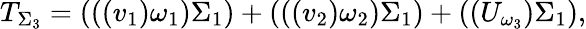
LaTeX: T_{\Sigma_{3}}=(((v_{1})\omega_{1})\Sigma_{1})+(((v_{2})\omega_{2})\Sigma_{1})+((U_{\omega_{3}})\Sigma_{1}),